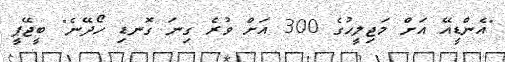
"އެންޑީއޭ އަށް މަޖިލީހުގެ 300 އަށް ވުރެ ގިނަ ގޮނޑި ހޯދޭނެ" ބީޖޭޕީ